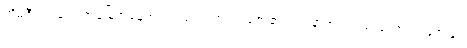
အိမ်စီးပွားရေး အခြေအနေအရလည်းကောင်း၊ ဇော်၏ ဝါသနာအရလည်းကောင်း၊ ဇော်နှင့်